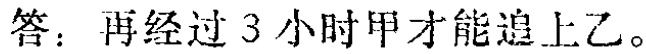
答：再经过 3 小时甲才能追上乙。